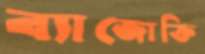
ব্যাজোক্তি